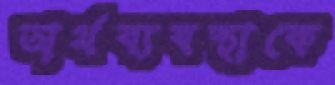
অর্থব্যবস্থাকে